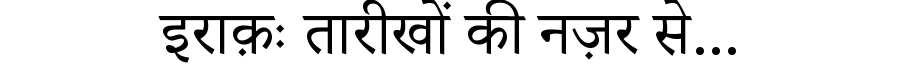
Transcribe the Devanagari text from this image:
इराक़ः तारीखों की नज़र से...